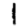
Digit: 1